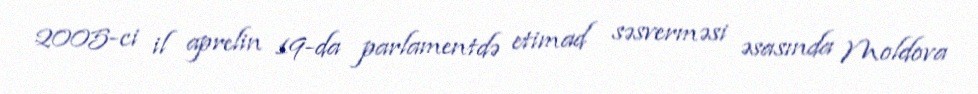
2005-ci il aprelin 19-da parlamentdə etimad səsverməsi əsasında Moldova